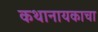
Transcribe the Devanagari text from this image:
कथानायकाचा